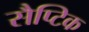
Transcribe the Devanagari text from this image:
सैप्टिक